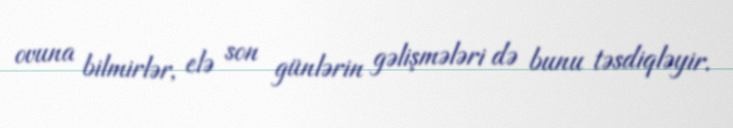
ovuna bilmirlər, elə son günlərin gəlişmələri də bunu təsdiqləyir.